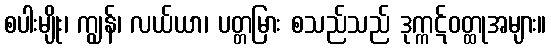
စပါးမျိုး၊ ကျွန်၊ လယ်ယာ၊ ပတ္တမြား စသည်သည် ဒုက္ကဋ်ဝတ္ထုအများ။